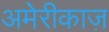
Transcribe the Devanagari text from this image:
अमेरीकाज़